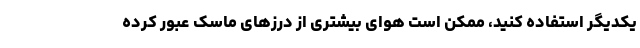
یکدیگر استفاده کنید، ممکن است هوای بیشتری از درزهای ماسک عبور کرده